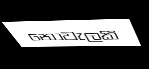
නොවැලකී